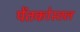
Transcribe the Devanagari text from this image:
पेंतकोस्तल